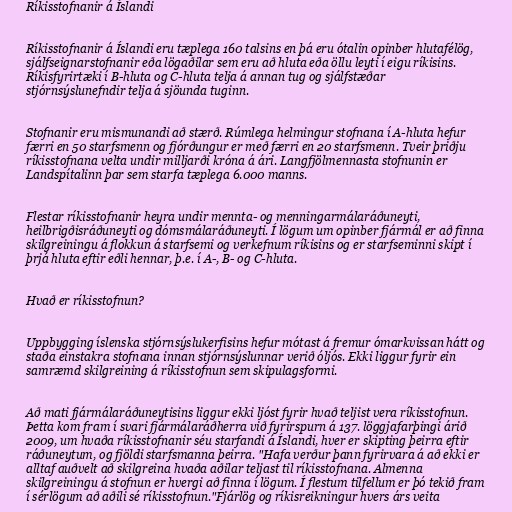
Ríkisstofnanir á Íslandi

Ríkisstofnanir á Íslandi eru tæplega 160 talsins en þá eru ótalin opinber hlutafélög,
sjálfseignarstofnanir eða lögaðilar sem eru að hluta eða öllu leyti í eigu ríkisins.
Ríkisfyrirtæki í B-hluta og C-hluta telja á annan tug og sjálfstæðar
stjórnsýslunefndir telja á sjöunda tuginn.

Stofnanir eru mismunandi að stærð. Rúmlega helmingur stofnana í A-hluta hefur
færri en 50 starfsmenn og fjórðungur er með færri en 20 starfsmenn. Tveir þriðju
ríkisstofnana velta undir milljarði króna á ári. Langfjölmennasta stofnunin er
Landspítalinn þar sem starfa tæplega 6.000 manns.

Flestar ríkisstofnanir heyra undir mennta- og menningarmálaráðuneyti,
heilbrigðisráðuneyti og dómsmálaráðuneyti. Í lögum um opinber fjármál er að finna
skilgreiningu á flokkun á starfsemi og verkefnum ríkisins og er starfseminni skipt í
þrjá hluta eftir eðli hennar, þ.e. í A-, B- og C-hluta.

Hvað er ríkisstofnun?

Uppbygging íslenska stjórnsýslukerfisins hefur mótast á fremur ómarkvissan hátt og
staða einstakra stofnana innan stjórnsýslunnar verið óljós. Ekki liggur fyrir ein
samræmd skilgreining á ríkisstofnun sem skipulagsformi.

Að mati fjármálaráðuneytisins liggur ekki ljóst fyrir hvað teljist vera ríkisstofnun.
Þetta kom fram í svari fjármálaráðherra við fyrirspurn á 137. löggjafarþingi árið
2009, um hvaða ríkisstofnanir séu starfandi á Íslandi, hver er skipting þeirra eftir
ráðuneytum, og fjöldi starfsmanna þeirra. "Hafa verður þann fyrirvara á að ekki er
alltaf auðvelt að skilgreina hvaða aðilar teljast til ríkisstofnana. Almenna
skilgreiningu á stofnun er hvergi að finna í lögum. Í flestum tilfellum er þó tekið fram
í sérlögum að aðili sé ríkisstofnun."Fjárlög og ríkisreikningur hvers árs veita